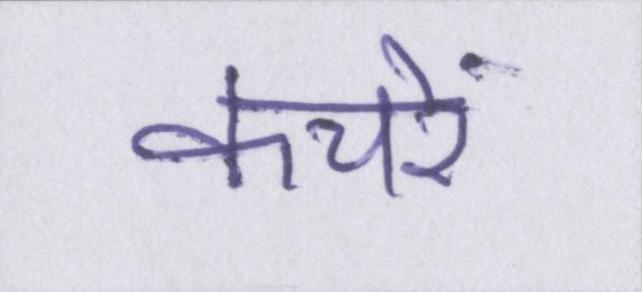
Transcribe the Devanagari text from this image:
कचरे